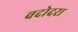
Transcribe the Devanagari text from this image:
वदोदरा